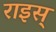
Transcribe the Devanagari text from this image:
राइस्